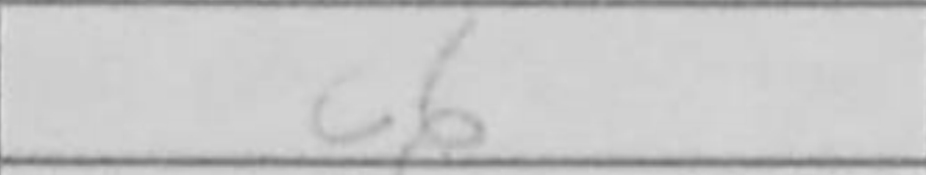
Transcription: c6